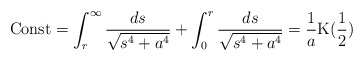
\begin{align*}{\rm{Const}}=\int^{\infty}_{r}{\frac{ds}{\sqrt{s^4+a^4}}}+\int^{r}_{0}{\frac{ds}{\sqrt{s^4+a^4}}}=\frac{1}{a}{\rm K}(\frac{1}{2})\end{align*}